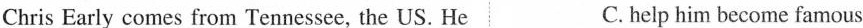
Chris Early comes from Tennessee, the US. He C. help him become famous